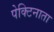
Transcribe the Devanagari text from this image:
पेक्टिनाता